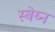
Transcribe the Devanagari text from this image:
स्वेय्न